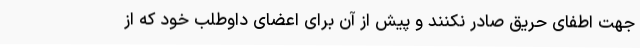
جهت اطفای حریق صادر نکنند و پیش از آن برای اعضای داوطلب خود که از